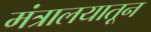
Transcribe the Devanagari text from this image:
मंत्रालयातून